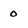
Character: o